King Institute of Preventive Medicine Bacteriolog. Section reports 1907-08
Year: 1907
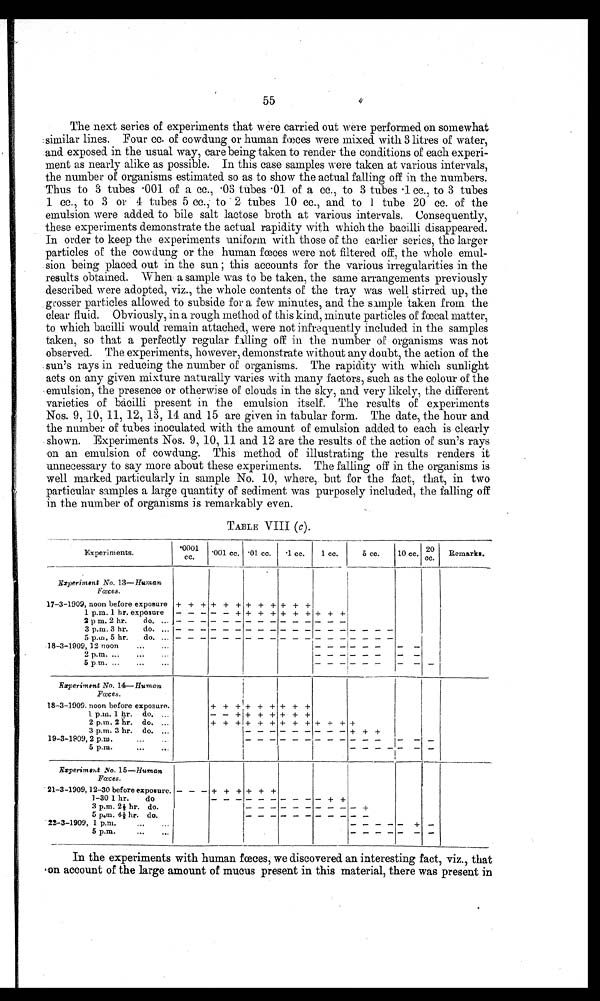
55
The next series of experiments that were carried out were performed on somewhat
similar lines. Four cc. of cowdung or human fœces were mixed with 3 litres of water,
and exposed in the usual way, care being taken to render the conditions of each experi--
ment as nearly alike as possible. In this case samples were taken at various intervals,
the number of organisms estimated so as to show the actual falling off in the numbers.
Thus to 3 tubes .001 of a cc., .03 tubes .01 of a cc., to 3 tubes .1 cc., to 3 tubes
1 cc., to 3 or 4 tubes 5 cc., to 2 tubes 10 cc., and to 1 tube 20 cc. of the
emulsion were added to bile salt lactose broth at various intervals. Consequently,
these experiments demonstrate the actual rapidity with which the bacilli disappeared.
In order to keep the experiments uniform with those of the earlier series, the larger
particles of the cowdung or the human fœces were not filtered off, the whole emul-
sion being placed. out in the sun this accounts for the various irregularities in the
results obtained. When a sample was to be taken, the same arrangements previously
described were adopted, viz., the whole contents of the tray was well stirred up, the
..grosser particles allowed to subside for a few minutes, and the simple taken from the
clear fluid. Obviously, in a rough method of this kind, minute particles of fœcal matter,
to which bacilli would remain attached, were not infrequently included in the samples
taken, so that a perfectly regular filling off in the number of organisms was not
observed. The experiments, however, demonstrate without any doubt, the action of the
sun's rays in reducing the number of organisms. The rapidity with which sunlight
acts on any given mixture naturally varies with many factors, such as the colour of the
emulsion, the presence or otherwise of clouds in the sky, and very likely, the different
varieties of bacilli present in the emulsion itself. The results of experiments
Nos. 9, 10, 11, 12, 13, 14 and 15 are given in tabular form. The date, the hour and
the number of tubes inoculated with the amount of emulsion added to each is clearly
shown. Experiments Nos. 9, 10, 11 and 12 are the results of the action of sun's rays
on an emulsion of cowdung. This method of illustrating the results renders it
unnecessary to say more about these experiments. The falling off in the organisms is
well marked particularly in sample No. 10, where, but for the fact, that, in two
particular samples a large quantity of sediment was purposely included, the falling off
in the number of organisms is remarkably even.
TABLE VIII (c).
Experiments. .00
01
cc.
'001 cc.
01. cc.
.1 cc.
1 cc.
5 cc.
10 cc.
2 0
c c .
Remarks.
Experiment No. 13—Human
Fœces.
17-3-1909, noon before exposure + + + + + + + + + + + +
1 p.m. 1 hr. exposure
----- + + + + + + + + + +
2 p m. 2 hr.
do. ...
3 p.m. 3 hr.
do. ...
5 p.m. 5 hr.
do. ...
18-3-1909,12 noon
...
...
5 p m. ...
...
...
_ _ _
Experiment No. 14—Human
F œ c e s .
18-3-1909. noon before exposure.
+ + + + + + + + +
1. p.m. 1 hr.
do. ...
- - + + + + + + +
2 p.m. 2 hr. do. ...
+ + + + + + + + + + + + +
3 p.m. 3 hr. do. ...
- - - - - - -
+ + +
19-3-1909,2 p.m.
...
- -
5 p.m.
...
...
-
- -
Experiment No. 15—Human
F œ c e s .
21-3-1909,12-30 before exposure. - - - + + + + + +
1-30 1 hr.
do
3 p.m. 2 1/3 hr. do.
- - - -------
+
5 p.m. 4 1/3 hr. do.
22-3-1909, 1 p.m.
..
+ -
5 p.m.
...
-
- - -
- -
In the experiments with human fœces, we discovered. an interesting fact, viz., that
on account of the large amount of mucus present in this material, there was present in